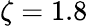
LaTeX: \zeta=1.8